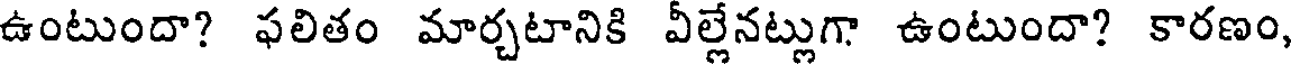
ఉంటుందా? ఫలితం మార్చటానికి వీల్లేనట్లుగా ఉంటుందా? కారణం,